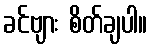
ခင်ဗျား စိတ်ချပါ။